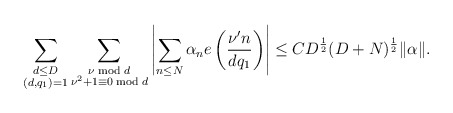
\begin{align*}\sum_{\substack{d\leq D\\ (d, q_1) = 1}}\sum_{\substack{\nu \bmod d\\ \nu^2+1\equiv 0 \bmod d}}\left|\sum_{n\leq N}\alpha_n e\left(\frac{\nu' n}{dq_1}\right)\right|\leq C D^{\frac{1}{2}}(D+N)^{\frac{1}{2}}\|\alpha\|.\end{align*}